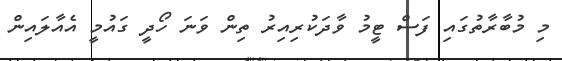
މި މުބާރާތުގައި ފަސް ޓީމު ވާދަކުރިއިރު ތިން ވަނަ ހޯދީ ގައުމީ އެއާލައިން